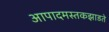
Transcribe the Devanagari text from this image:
आपादमस्तकझाडते